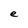
Character: e